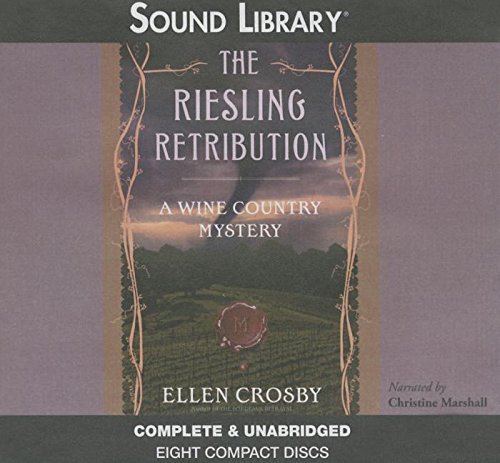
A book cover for The Riesling Retribution (Wine Country Mysteries); Sherrilyn Kenyon; Romance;